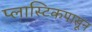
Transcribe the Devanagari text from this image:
प्लास्टिकपासून